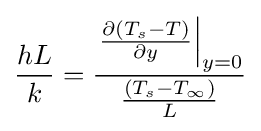
{\frac {hL}{k}}={\frac {\left.{\frac {\partial \left(T_{s}-T\right)}{\partial y}}\right|_{y=0}}{\frac {\left(T_{s}-T_{\infty }\right)}{L}}}